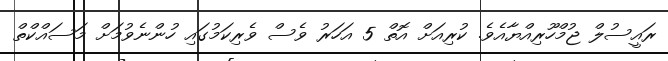
ރައީސުލް ޖުމްހޫރިއްޔާއެވެ. ކުރިއަށް އޮތް 5 އަހަރު ވެސް ވެރިކަމުގައި ހުންނެވުމަށް މަސައްކްތް